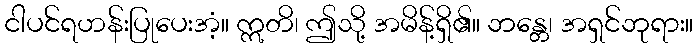
ငါပင်ရဟန်းပြုပေးအံ့။ ဣတိ၊ ဤသို့ အမိန့်ရှိ၏။ ဘန္တေ၊ အရှင်ဘုရား။